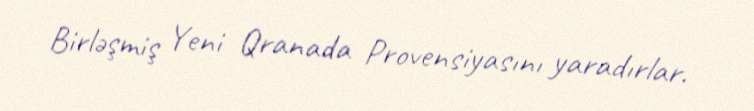
Birləşmiş Yeni Qranada Provensiyasını yaradırlar.